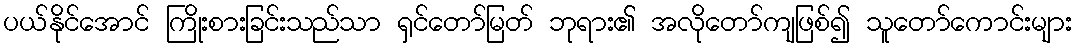
ပယ်နိုင်အောင် ကြိုးစားခြင်းသည်သာ ရှင်တော်မြတ် ဘုရား၏ အလိုတော်ကျဖြစ်၍ သူတော်ကောင်းများ